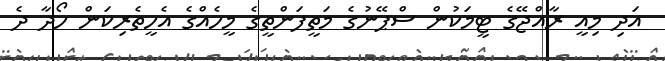
އަދި މިއީ ރާއްޖޭގެ ޓީމަކުން ސްޕޭނުގެ މަތީފަންތީގެ މީހެއްގެ އެހީތެރިކަން ހޯދާ ދެ